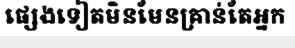
ផ្សេងទៀតមិនមែនគ្រាន់តែអ្នក